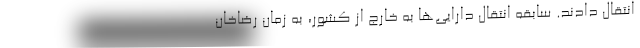
انتقال دادند. سابقه انتقال دارایی‌ها به خارج از کشور، به زمان رضاخان